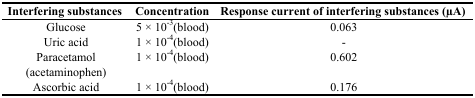
<table><thead><tr><td><b>Interfering substances</b></td><td><b>Concentration</b></td><td><b>Response current of interfering substances (μA)</b></td></tr></thead><tbody><tr><td>Glucose</td><td>5 × 10<sup>−3</sup>(blood)</td><td>0.063</td></tr><tr><td>Uric acid</td><td>1 × 10<sup>−4</sup>(blood)</td><td>-</td></tr><tr><td>Paracetamol (acetaminophen)</td><td>1 × 10<sup>−4</sup>(blood)</td><td>0.602</td></tr><tr><td>Ascorbic acid</td><td>1 × 10<sup>−4</sup>(blood)</td><td>0.176</td></tr></tbody></table>